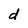
Character: d